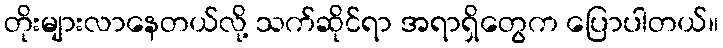
တိုးများလာနေတယ်လို့ သက်ဆိုင်ရာ အရာရှိတွေက ပြောပါတယ်။